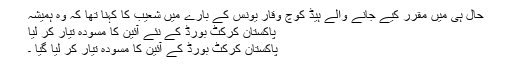
حال ہی میں مقرر کیے جانے والے ہیڈ کوچ وقار یونس کے بارے میں شعیب کا کہنا تھا کہ وہ ہمیشہ
پاکستان کرکٹ بورڈ کے نئے آئین کا مسودہ تیار کر لیا
پاکستان کرکٹ بورڈ کے آئین کا مسودہ تیار کر لیا گیا ۔